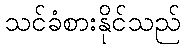
သင်ခံစားနိုင်သည်